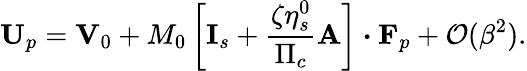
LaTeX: \mathbf{U}_{p}=\mathbf{V}_{0}+M_{0}\left[\mathbf{I}_{s}+\frac{\zeta\eta_{s}^{0}}{\Pi_{c}}\mathbf{A}\right]\boldsymbol{\cdot}\mathbf{F}_{p}+\mathcal{O}(\beta^{2}).